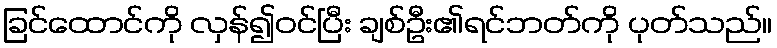
ခြင်ထောင်ကို လှန်၍ဝင်ပြီး ချစ်ဦး၏ရင်ဘတ်ကို ပုတ်သည်။